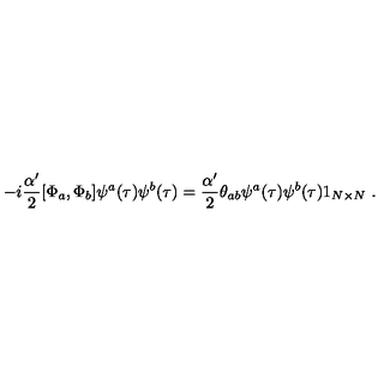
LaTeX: - i \frac { \alpha ^ { \prime } } { 2 } [ \Phi _ { a } , \Phi _ { b } ] \psi ^ { a } ( \tau ) \psi ^ { b } ( \tau ) = \frac { \alpha ^ { \prime } } { 2 } \theta _ { a b } \psi ^ { a } ( \tau ) \psi ^ { b } ( \tau ) 1 _ { N \times N } \ .